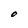
Character: O